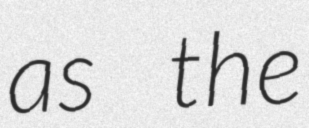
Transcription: as the